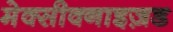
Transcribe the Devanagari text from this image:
मेक्सीक्नाइज़ड